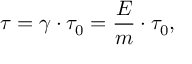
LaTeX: \tau = \gamma \cdot \tau _ { 0 } = \frac { E } { m } \cdot \tau _ { 0 } ,